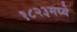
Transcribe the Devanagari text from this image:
१८२३मध्ये